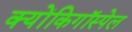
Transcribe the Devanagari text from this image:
क्योंकिगॉस्पेल